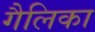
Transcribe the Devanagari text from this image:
गैलिका